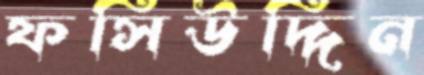
ফসিউদ্দিন